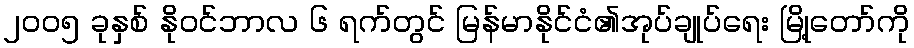
၂၀၀၅ ခုနှစ် နိုဝင်ဘာလ ၆ ရက်တွင် မြန်မာနိုင်ငံ၏အုပ်ချုပ်ရေး မြို့တော်ကို